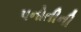
પનોતીની